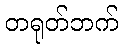
တရုတ်ဘက်